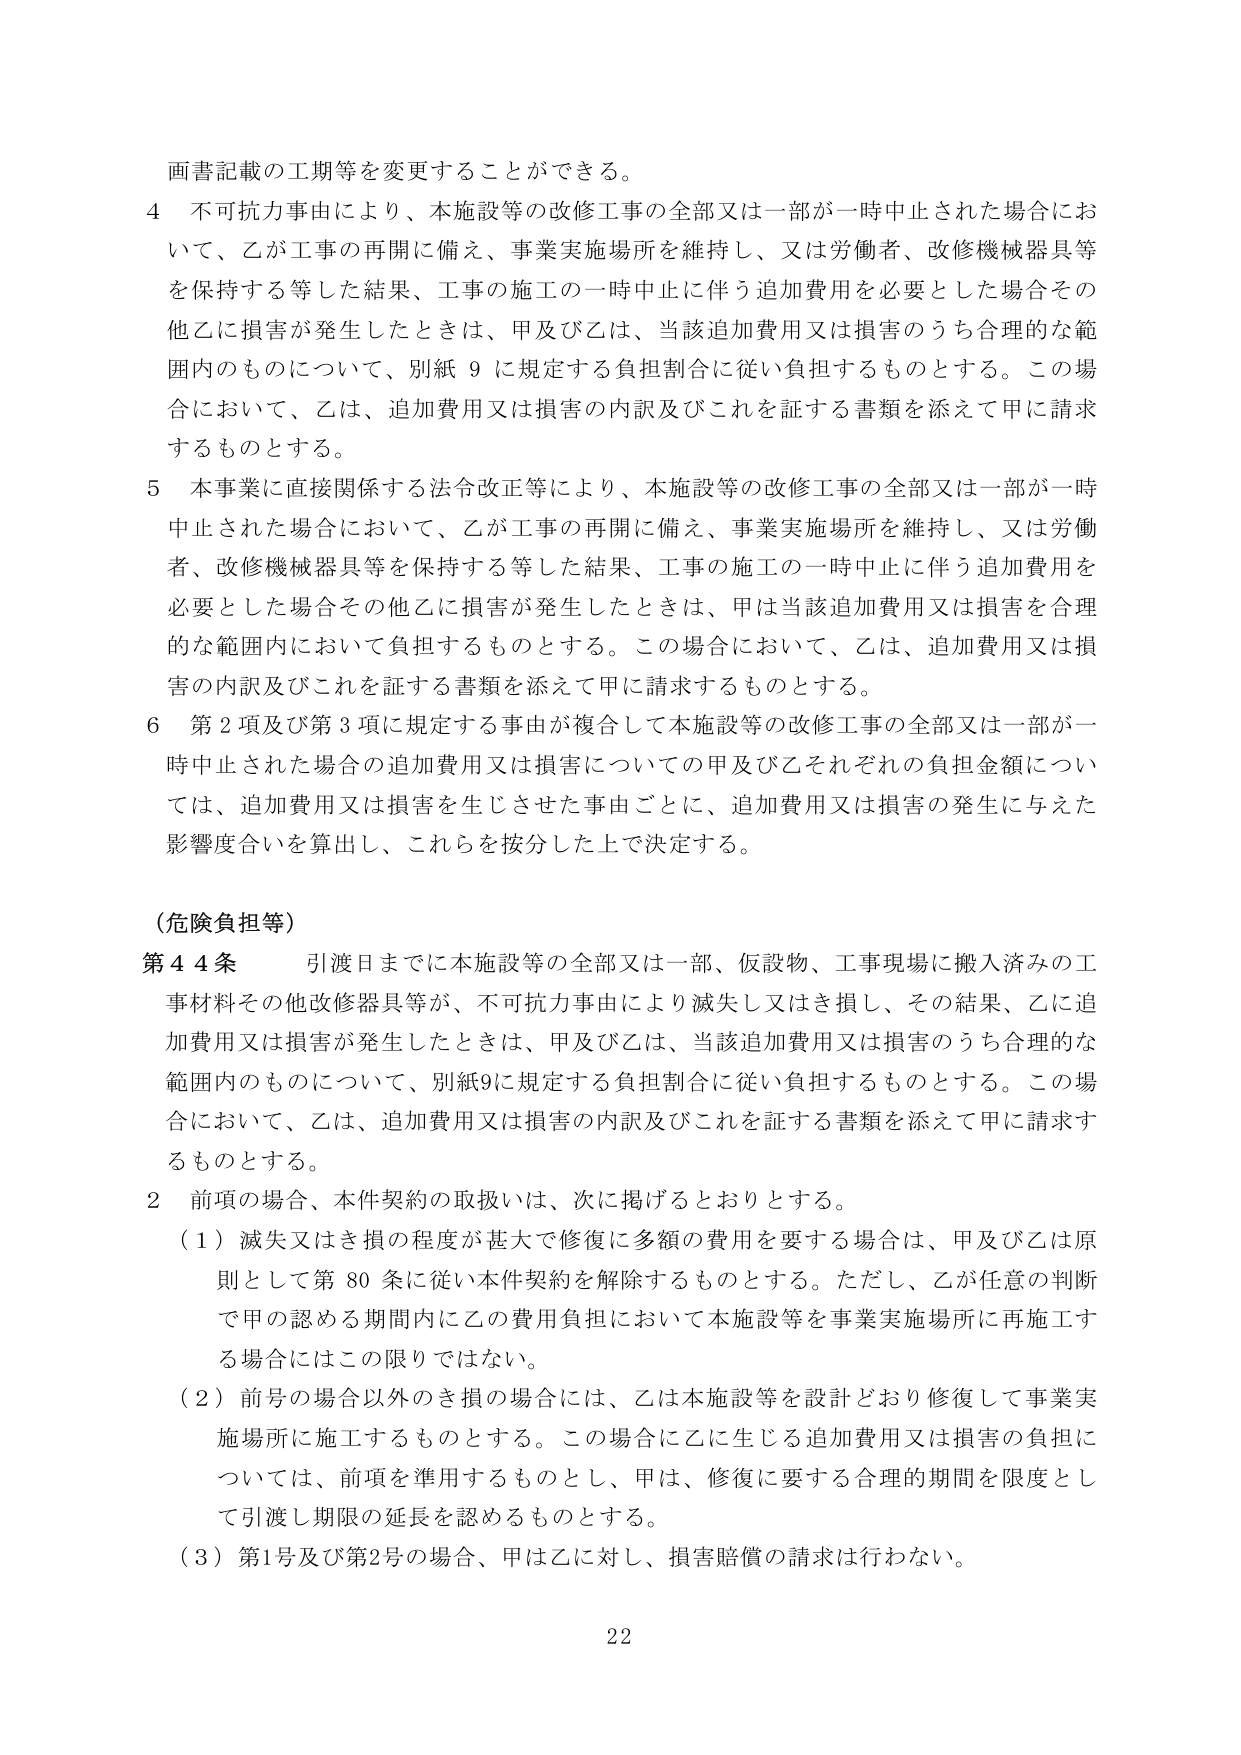
画書記載の工期等を変更することができる。

4 不可抗力事由により、本施設等の改修工事の全部又は一部が一時中止された場合において、乙が工事の再開に備え、事業実施場所を維持し、又は労働者、改修機械器具等を保持する等した結果、工事の施工の一時中止に伴う追加費用を必要とした場合その他乙に損害が発生したときは、甲及び乙は、当該追加費用又は損害のうち合理的な範囲内のものについて、別紙9に規定する負担割合に従い負担するものとする。この場合において、乙は、追加費用又は損害の内訳及びこれを証する書類を添えて甲に請求するものとする。

5 本事業に直接関係する法令改正等により、本施設等の改修工事の全部又は一部が一時中止された場合において、乙が工事の再開に備え、事業実施場所を維持し、又は労働者、改修機械器具等を保持する等した結果、工事の施工の一時中止に伴う追加費用を必要とした場合その他乙に損害が発生したときは、甲は当該追加費用又は損害を合理的な範囲内において負担するものとする。この場合において、乙は、追加費用又は損害の内訳及びこれを証する書類を添えて甲に請求するものとする。

6 第2項及び第3項に規定する事由が複合して本施設等の改修工事の全部又は一部が一時中止された場合の追加費用又は損害についての甲及び乙それぞれの負担金額については、追加費用又は損害を生じさせた事由ごとに、追加費用又は損害の発生に与えた影響度合いを算出し、これらを按分した上で決定する。

（危険負担等）

第44条 引渡日までに本施設等の全部又は一部、仮設物、工事現場に搬入済みの工事材料その他改修器具等が、不可抗力事由により滅失し又はき損し、その結果、乙に追加費用又は損害が発生したときは、甲及び乙は、当該追加費用又は損害のうち合理的な範囲内のものについて、別紙9に規定する負担割合に従い負担するものとする。この場合において、乙は、追加費用又は損害の内訳及びこれを証する書類を添えて甲に請求するものとする。

2 前項の場合、本件契約の取扱いは、次に掲げるとおりとする。

（1）滅失又はき損の程度が甚大で修復に多額の費用を要する場合は、甲及び乙は原則として第80条に従い本件契約を解除するものとする。ただし、乙が任意の判断で甲の認める期間内に乙の費用負担において本施設等を事業実施場所に再施工する場合にはこの限りではない。

（2）前号の場合以外のき損の場合には、乙は本施設等を設計どおり修復して事業実施場所に施工するものとする。この場合に乙に生じる追加費用又は損害の負担については、前項を準用するものとし、甲は、修復に要する合理的期間を限度として引渡し期限の延長を認めるものとする。

（3）第1号及び第2号の場合、甲は乙に対し、損害賠償の請求は行わない。

22